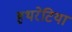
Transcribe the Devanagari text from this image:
हथरेटिया